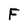
Character: F